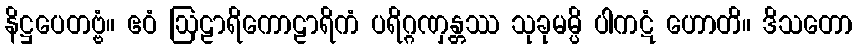
နိဋ္ဌပေတဗ္ဗံ။ ဧဝံ ဩဠာရိကောဠာရိကံ ပရိဂ္ဂဏှန္တဿ သုခုမမ္ပိ ပါကဋံ ဟောတိ။ ဒိသတော